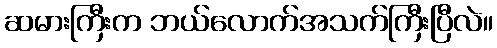
ဆမားကြီးက ဘယ်လောက်အသက်ကြီးပြီလဲ။